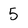
Character: 5